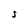
Character: S